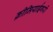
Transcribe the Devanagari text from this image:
क़ीमियाईगरों